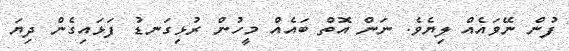
ފުން ނޭވައެއް ލިޔެވެ. ނަން އޮތް ބައެއް މީހުން ރުޅިގަނޑު ފަޅައިގެން ދިޔަ